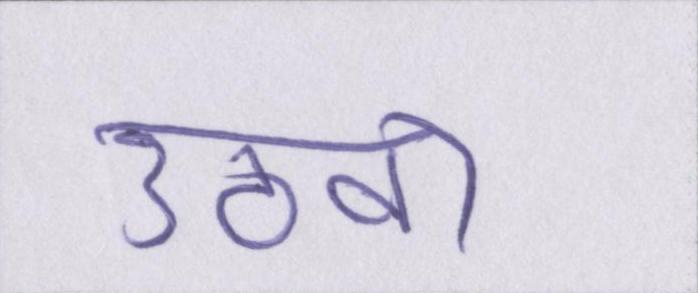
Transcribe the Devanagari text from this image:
उठवा